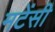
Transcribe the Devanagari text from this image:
मटेंसी